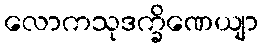
လောကသုဒက္ခိဏေယျာ